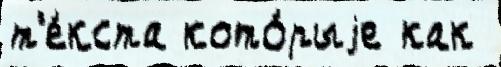
т'е́кста кото́рыjе как